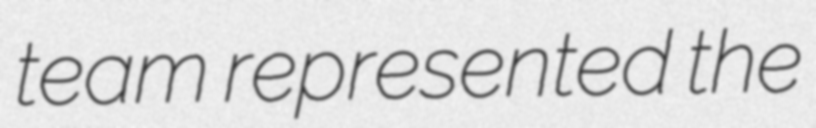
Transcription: team represented the